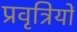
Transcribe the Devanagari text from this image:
प्रवृत्रियों